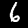
Digit: 6